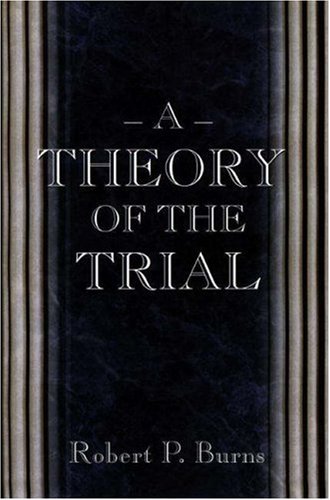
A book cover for A Theory of the Trial.; Robert P. Burns; Law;